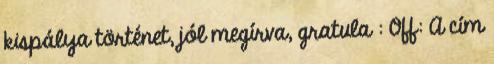
kispálya történet, jól megírva, gratula : Off: A cím